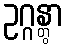
ဥဂ္ဂန္တွာ